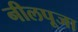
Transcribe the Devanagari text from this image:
नीलपूजा